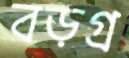
বড়গ্র